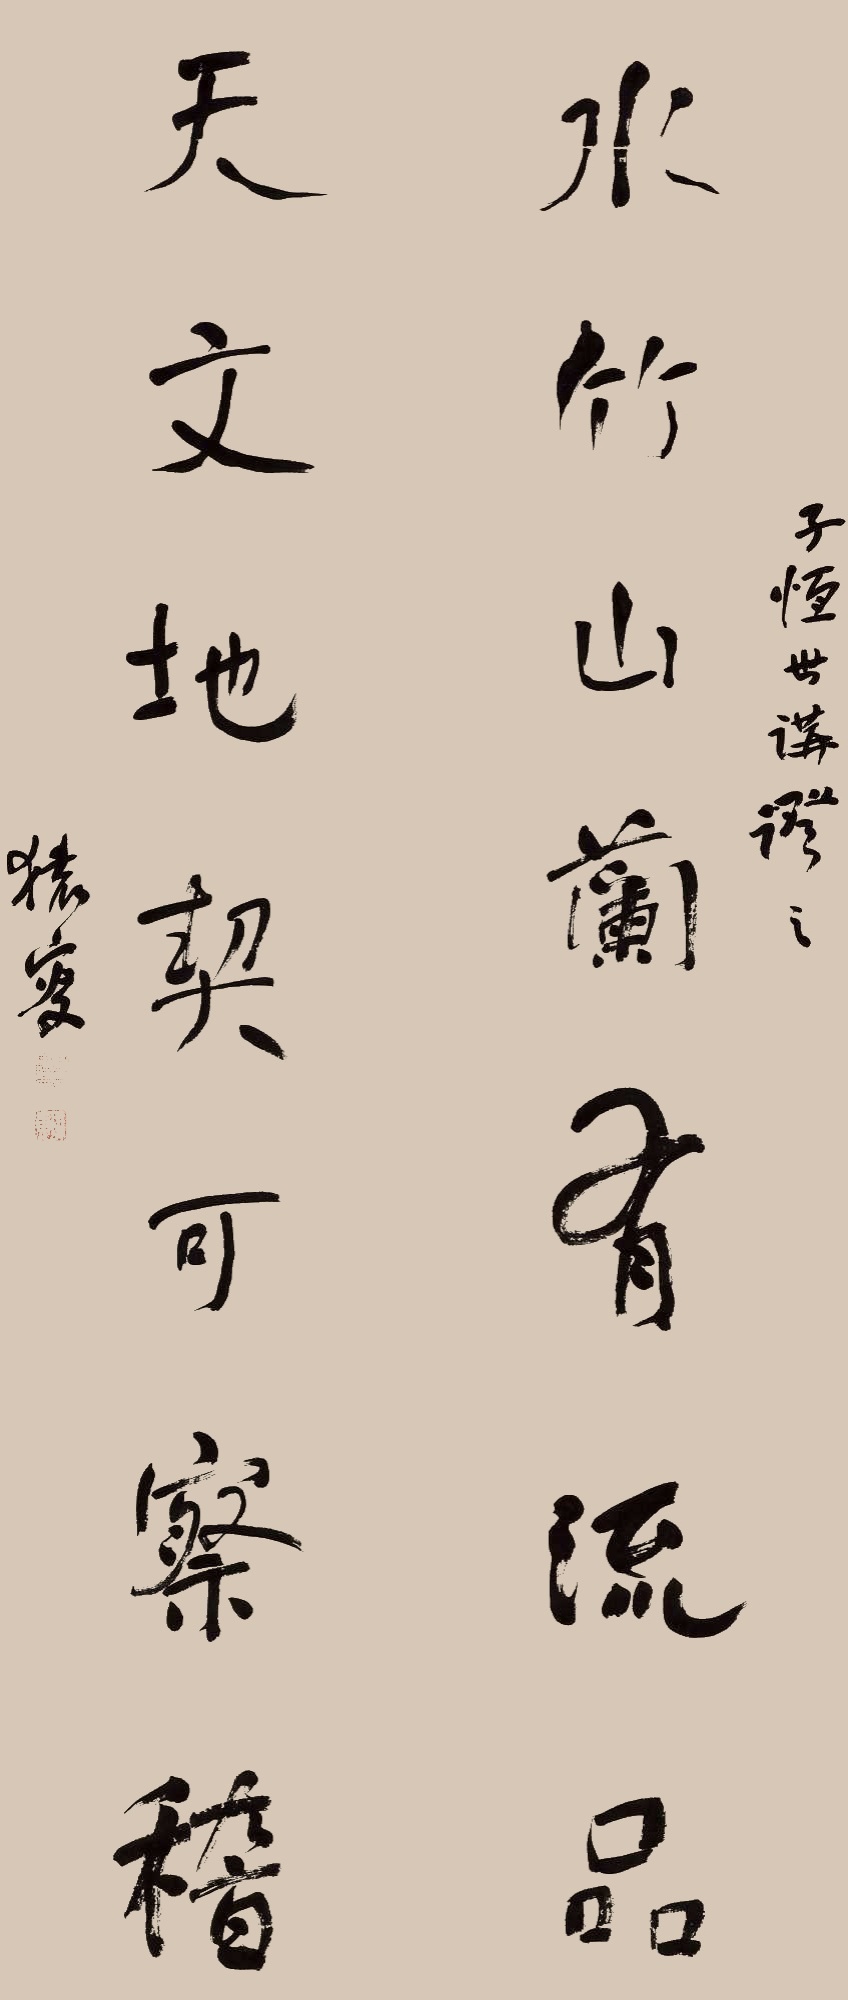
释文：水竹山兰有流品，天文地契可察稽。子恒世讲证之，猿叟。